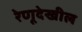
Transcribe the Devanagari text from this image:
रेणूदेखील